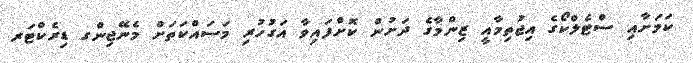
ކަމަށާއި ސްޓެލްކޯގެ އިޖުތިމާއީ ޒިންމާގެ ދަށުން ކޮށްފައިވާ އަގުހުރި މަސައްކަތަށް މެނޭޖިންގ ޑިރެކްޓަރ